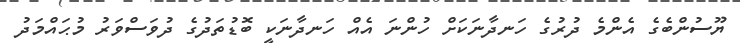
ޔޫސުންބެގެ އެންމެ ދުރުގެ ހަނދާނަކަށް ހުންނަ އެއް ހަނދާނަކީ ބޮޑުތަދުގެ ދުވަސްވަރު މުޙައްމަދު